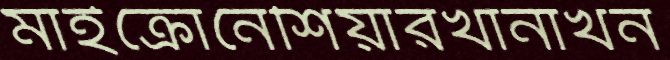
মাইক্রোনেশিয়ারখানাখন